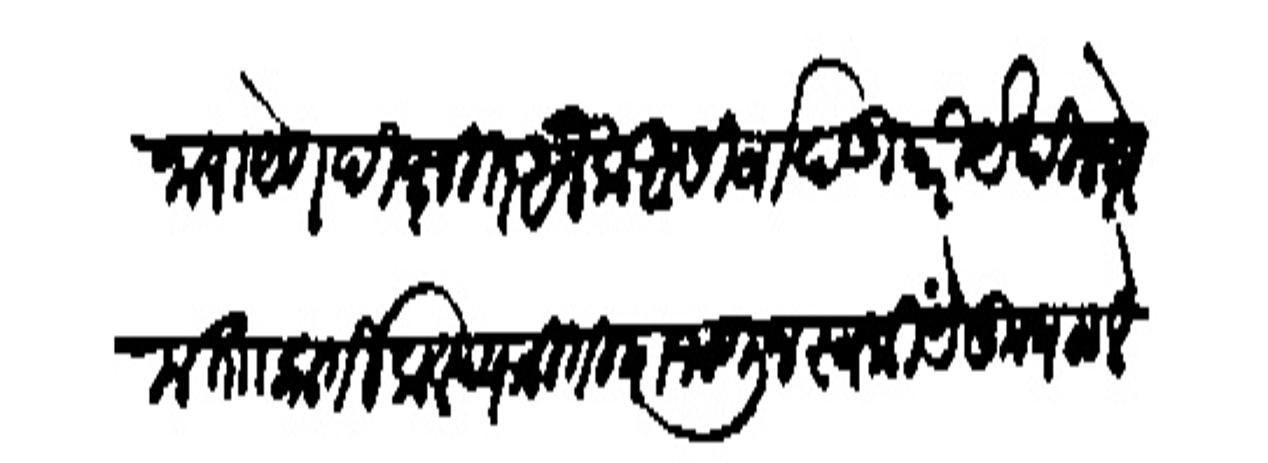
Transliteration (Devanagari): नारायेण दीक्षित अनेक आसिर्वाद उपरि येथील कषेम ता कातिक वद्य त्रितीया जाणून स्वकीयें कुषळ लेखन